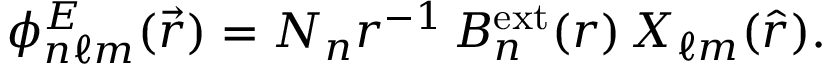
\phi _ { n \ell m } ^ { E } ( \vec { r } ) = N _ { n } r ^ { - 1 } \, B _ { n } ^ { \mathrm { e x t } } ( r ) \, X _ { \ell m } ( \hat { r } ) .